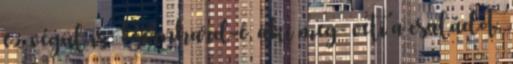
ez végül is Bernhard-é, aki meg- veti a családot,